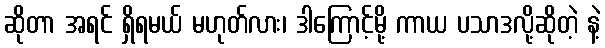
ဆိုတာ အရင် ရှိရမယ် မဟုတ်လား၊ ဒါကြောင့်မို့ ကာယ ပသာဒလို့ဆိုတဲ့ နဲ့